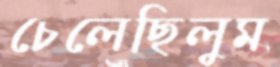
চেলেছিলুম